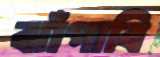
ঝাঁপাবি